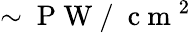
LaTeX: \sim\mathrm{~P~W~/~}\mathrm{~c~m~}^{2}